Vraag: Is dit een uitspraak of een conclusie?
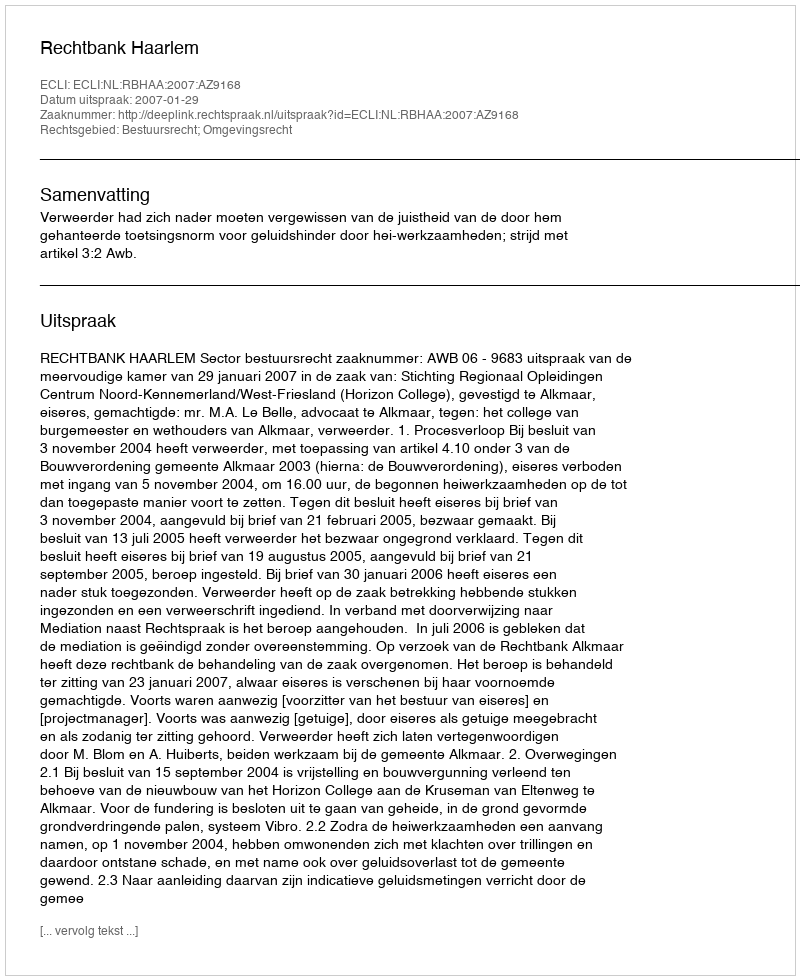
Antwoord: Uitspraak